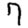
Digit: 7